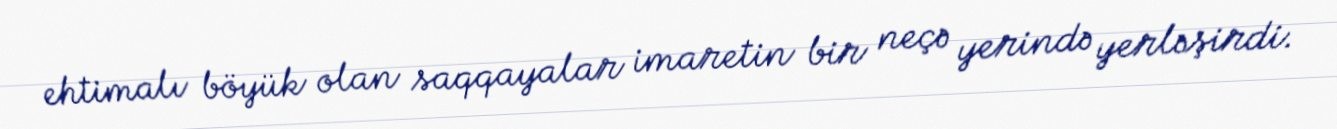
ehtimalı böyük olan saqqayalar imaretin bir neçə yerində yerləşirdi.